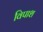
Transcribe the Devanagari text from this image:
विपाश